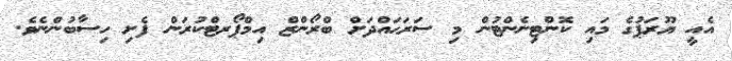
އެއީ ޔޫރަޕުގެ މައި ކޮންޓިނެންޓުން މި ސަރަޙައްދަށް ބްރޯންޒް އިމްޕޯރޓްކުރަން ފެށި ހިސާބުންނެވެ.